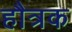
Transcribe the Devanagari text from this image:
हौत्रक